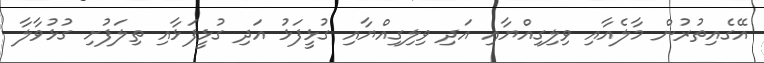
އޭގެއިތުރުން މާލެއާއި ވިލިގިއްޔާއި އަދި ވިލިގިއްޔާއި ގުޅީފަޅު އަދި ގުޅީފަޅާއި ތިލަފުށި ގުޅުވާލާ